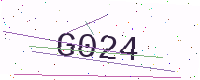
Text: G024